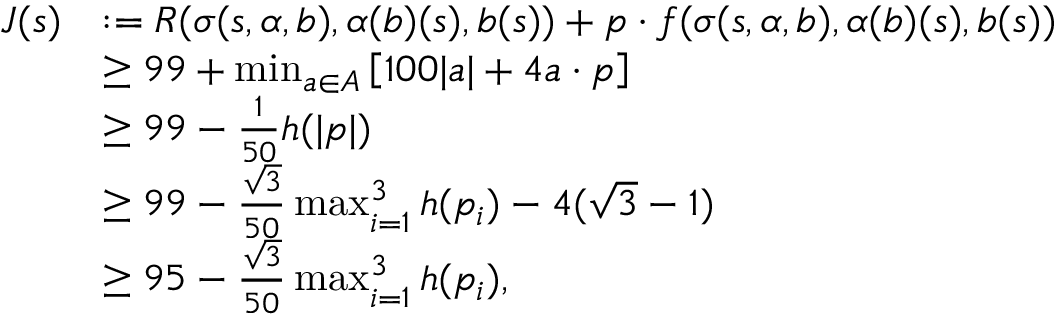
\begin{array} { r l } { J ( s ) } & { : = R ( \sigma ( s , \alpha , b ) , \alpha ( b ) ( s ) , b ( s ) ) + p \cdot f ( \sigma ( s , \alpha , b ) , \alpha ( b ) ( s ) , b ( s ) ) } \\ & { \geq 9 9 + \operatorname* { m i n } _ { a \in A } \left[ 1 0 0 | a | + 4 a \cdot p \right] } \\ & { \geq 9 9 - \frac { 1 } { 5 0 } h ( | p | ) } \\ & { \geq 9 9 - \frac { \sqrt { 3 } } { 5 0 } \operatorname* { m a x } _ { i = 1 } ^ { 3 } h ( p _ { i } ) - 4 ( \sqrt { 3 } - 1 ) } \\ & { \geq 9 5 - \frac { \sqrt { 3 } } { 5 0 } \operatorname* { m a x } _ { i = 1 } ^ { 3 } h ( p _ { i } ) , } \end{array}